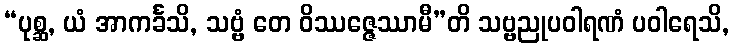
“ပုစ္ဆ, ယံ အာကင်္ခသိ, သဗ္ဗံ တေ ဝိဿဇ္ဇေဿာမီ”တိ သဗ္ဗညုပဝါရဏံ ပဝါရေသိ,